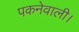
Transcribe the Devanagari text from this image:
पकनेवाली।